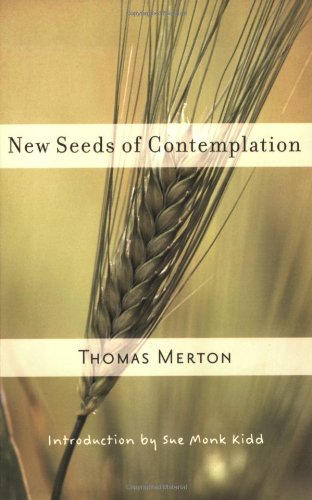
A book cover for New Seeds of Contemplation; Thomas Merton; Politics & Social Sciences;